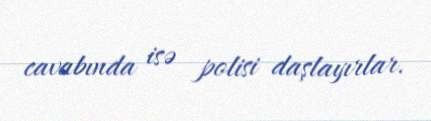
cavabında isə polisi daşlayırlar.